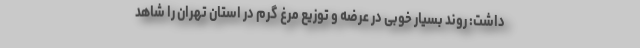
داشت: روند بسیار خوبی در عرضه و توزیع مرغ گرم در استان تهران را شاهد